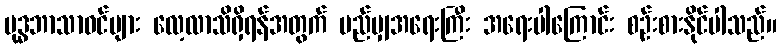
ဗုဒ္ဓဘာသာဝင်များ လေ့လာသိရှိရန်အတွက် မည်မျှအရေးကြီး အရေးပါကြောင်း စဉ်းစားနိုင်ပါသည်။